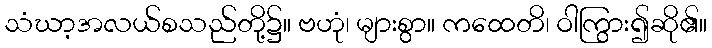
သံဃာ့အလယ်စသည်တို့၌။ ဗဟုံ၊ များစွာ။ ကထေတိ၊ ဝါကြွား၍ဆို၏။